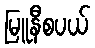
မြူနီစပယ်